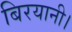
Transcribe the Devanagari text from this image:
बिरयानी।